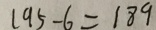
1 9 5 - 6 = 1 8 9